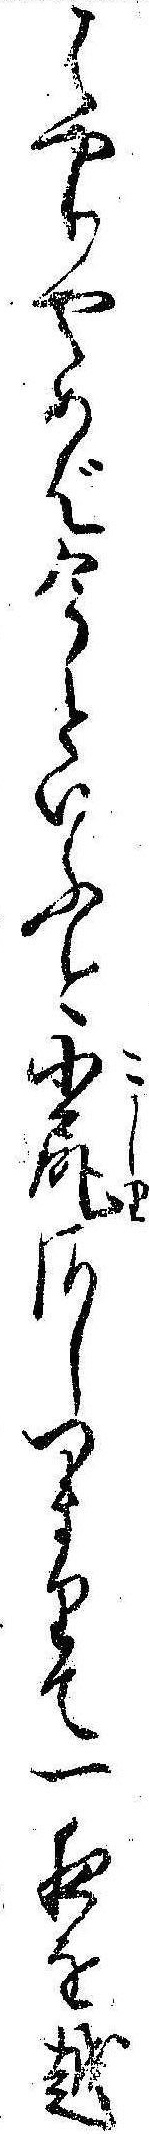
はやりやめば今といふ今小尻さしつまりて一夜を越